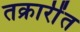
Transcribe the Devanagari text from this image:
तक्रारींत